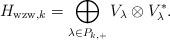
LaTeX: \begin{align*}H_{\mathrm{wzw}, k} = \bigoplus_{\lambda \in P_{k,+}} V_{\lambda} \otimes V_{\lambda}^{*}.\end{align*}